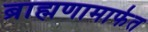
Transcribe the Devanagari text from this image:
ब्राह्मणामार्फत